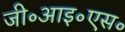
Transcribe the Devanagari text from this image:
जी॰आइ॰एस॰